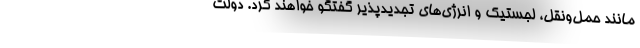
مانند حمل‌ونقل، لجستیک و انرژی‌های تجدیدپذیر گفتگو خواهند کرد. دولت